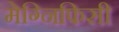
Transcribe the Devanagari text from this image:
मेग्निफिसी